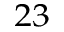
^ { 2 3 }